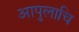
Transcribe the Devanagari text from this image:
आपुलाचि